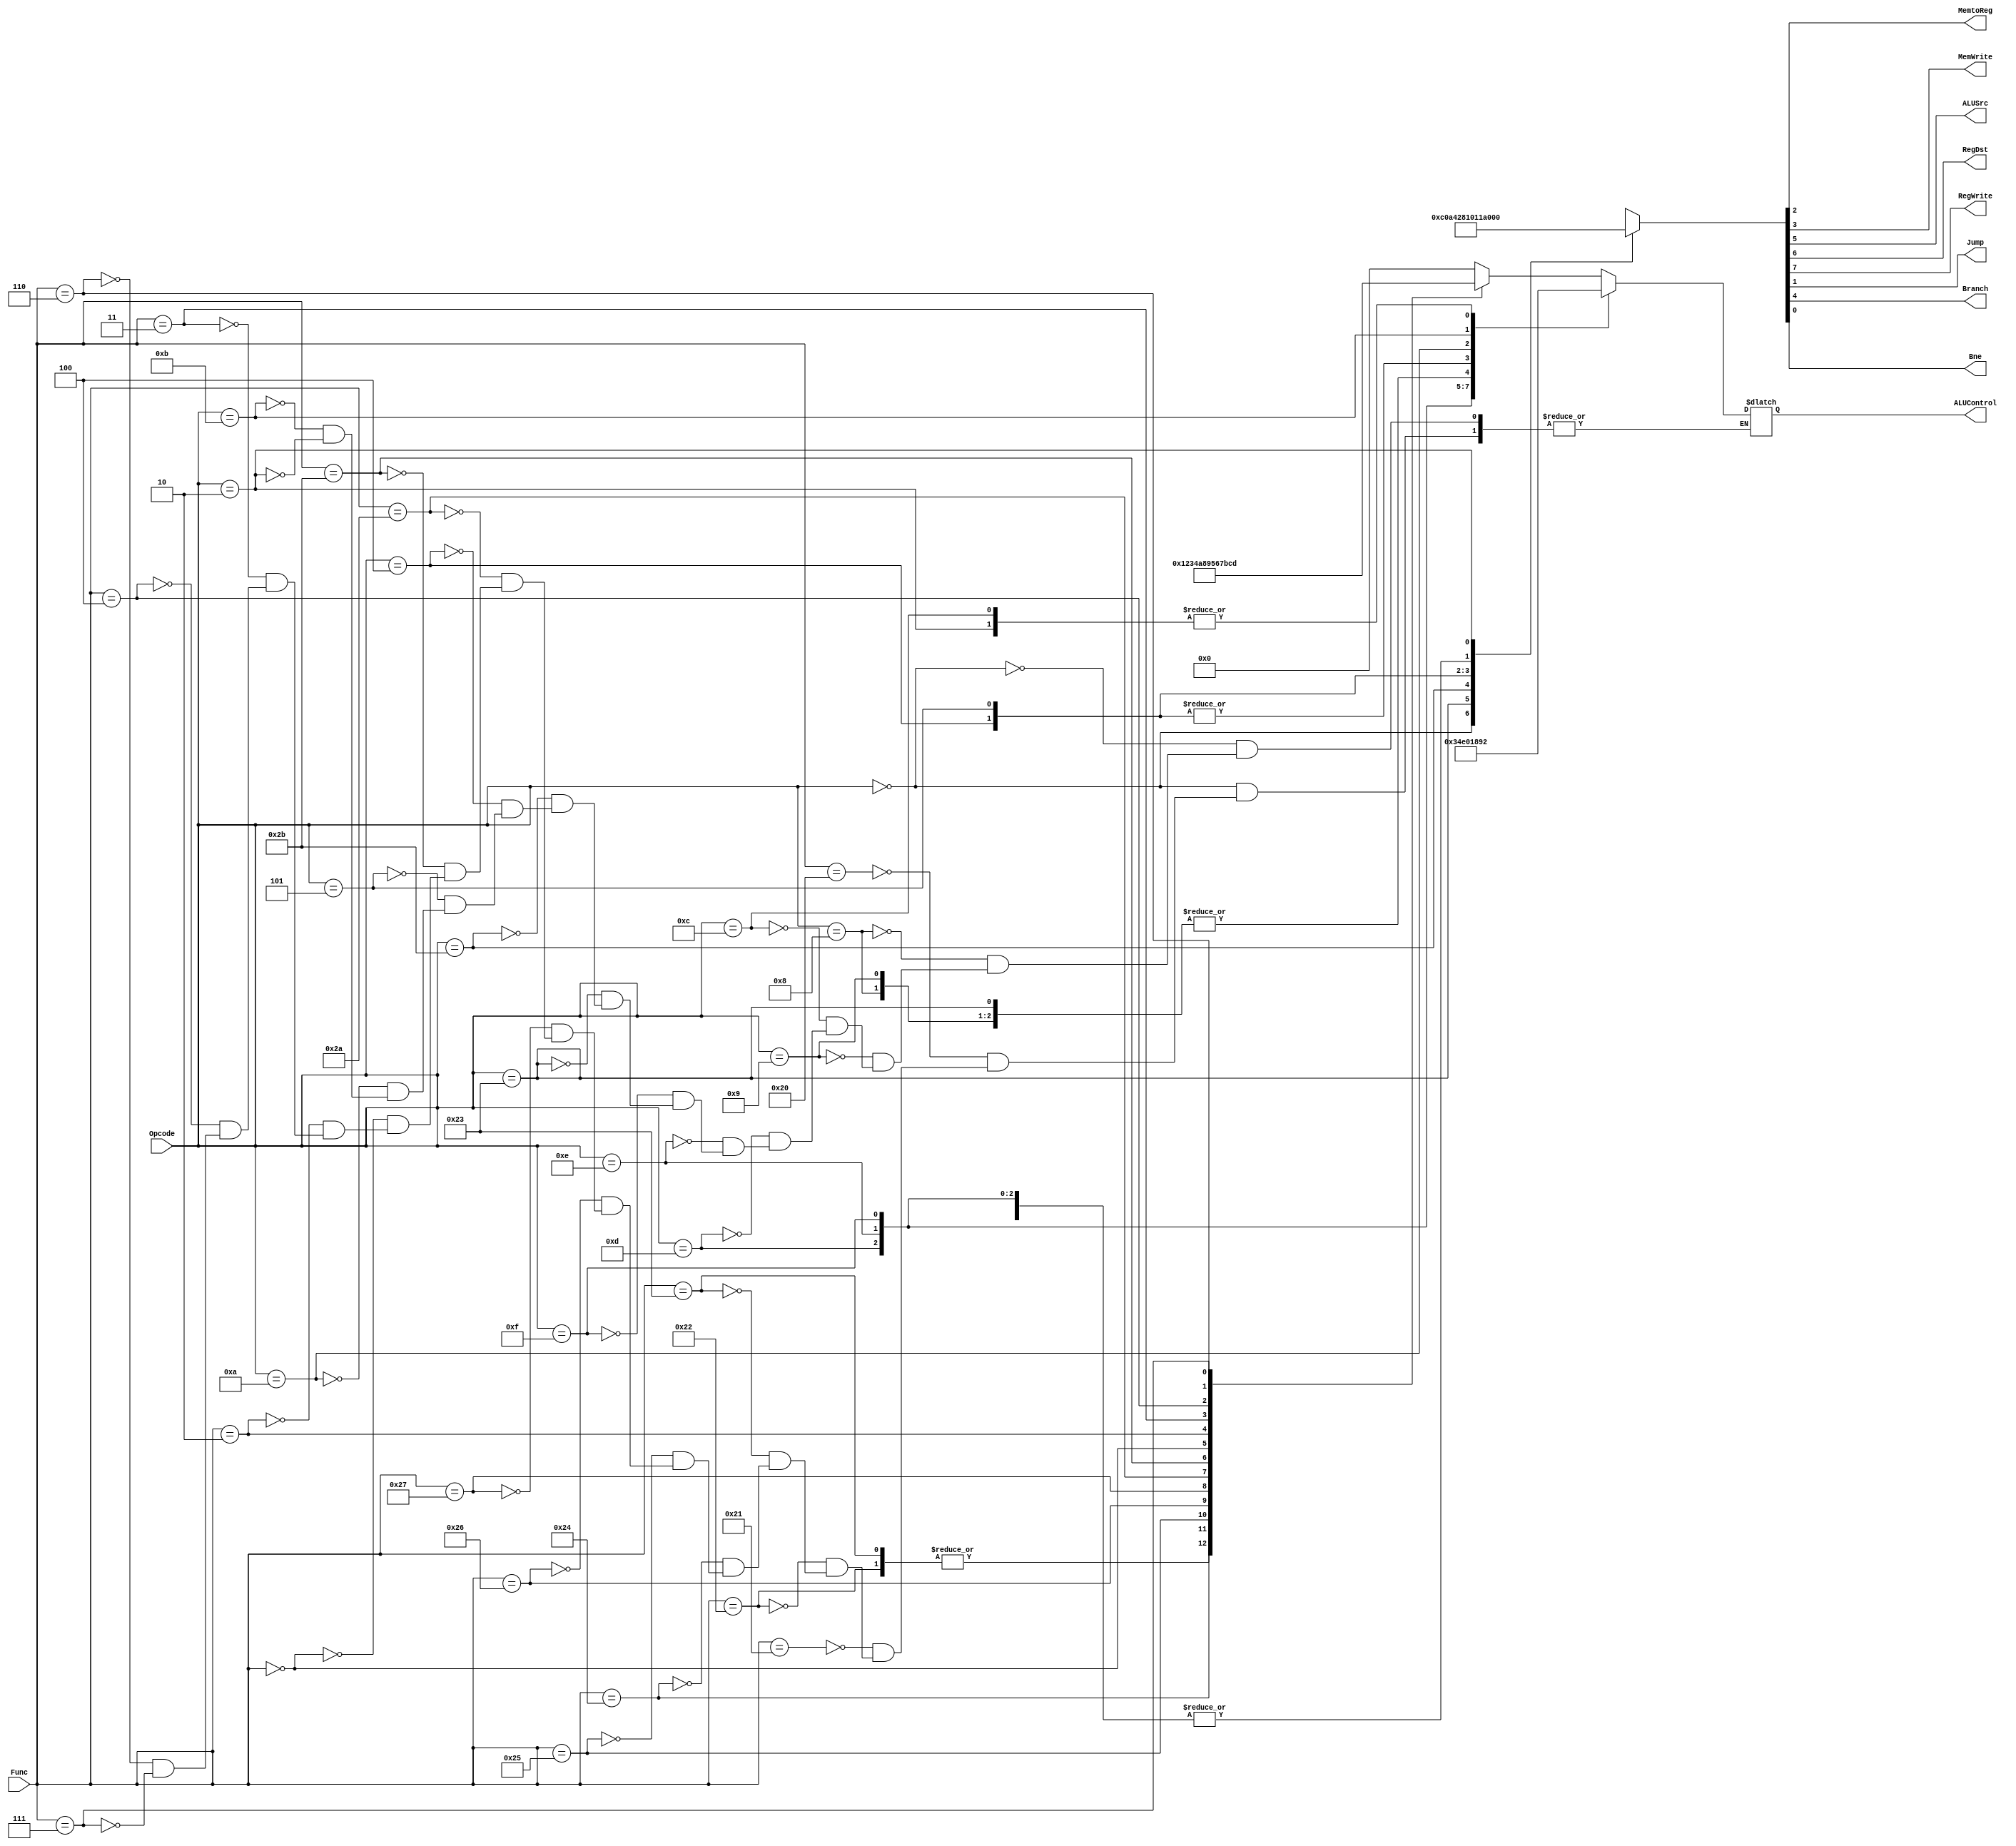
`timescale 1ns/1ns

module Controlunit(input [5:0] Opcode,input [5:0] Func,output reg MemtoReg,output reg MemWrite,output reg ALUSrc,output reg RegDst,output reg RegWrite,output reg Jump,output reg Branch,output reg Bne,output reg [3:0] ALUControl);
               
reg [7:0] cntrlsignals;

always @(*) begin 

    case (Opcode) 
        6'b000000: begin                          // R-type
                    cntrlsignals <= 8'b11000000;        

                    case (Func)
                    6'b100000: ALUControl <= 4'b0000;    // ADD
                    6'b100001: ALUControl <= 4'b0000;    // ADDU
                    6'b100010: ALUControl <= 4'b0001;    // SUB
                    6'b100011: ALUControl <= 4'b0001;    // SUBU
                    6'b100100: ALUControl <= 4'b0010;    // AND
                    6'b100101: ALUControl <= 4'b0011;    // OR
                    6'b100110: ALUControl <= 4'b0100;    // XOR
                    6'b100111: ALUControl <= 4'b1010;    // NOR
                    6'b101010: ALUControl <= 4'b1000;    // SLT
                    6'b101011: ALUControl <= 4'b1001;    // SLTU
                    6'b000000: ALUControl <= 4'b0101;    // SLL
                    6'b000010: ALUControl <= 4'b0110;    // SRL
                    6'b000011: ALUControl <= 4'b0111;    // SRA
                    6'b000100: ALUControl <= 4'b1011;    // SLLV
                    6'b000110: ALUControl <= 4'b1100;    // SRLV
                    6'b000111: ALUControl <= 4'b1101;    // SRAV
                endcase

            end

        6'b001000: begin                          // ADDI
                        cntrlsignals <= 8'b10100000;  
                        ALUControl <= 4'b0000; 
                    end  

        6'b001001: begin                          // ADDIU
                        cntrlsignals <= 8'b10100000;  
                        ALUControl <= 4'b0000; 
                    end  

        6'b001100: begin                          // ANDI
                        cntrlsignals <= 8'b10100000;  
                        ALUControl <= 4'b0010; 
                    end 

        6'b001101: begin                          // ORI
                        cntrlsignals <= 8'b10100000;  
                        ALUControl <= 4'b0011; 
                    end  

        6'b001110: begin                          // XORI
                        cntrlsignals <= 8'b10100000;  
                        ALUControl <= 4'b0100; 
                    end   

        6'b001111:  begin                         // LUI
                        cntrlsignals <= 8'b10100000;  
                        ALUControl <= 4'b1110; 
                    end  

        6'b100011: begin                          // LW
                        cntrlsignals <= 8'b10100100;     
                        ALUControl <= 4'b0000;
                    end

        6'b101011: begin                          // SW
                         cntrlsignals <= 8'b00101000;      
                         ALUControl <= 4'b0000;
                    end  

        6'b000100: begin                          // BEQ
                         cntrlsignals <= 8'b00010000;      
                        ALUControl <= 4'b0001; 
                    end      

        6'b000101: begin                          // BNE
                        cntrlsignals <= 8'b00010001;  
                        ALUControl <= 4'b0001; 
                    end


        6'b001010: begin                          // SLTI
                        cntrlsignals <= 8'b10100000;  
                        ALUControl <= 4'b1000; 
                    end 

        6'b001011: begin                          // SLTIU
                        cntrlsignals <= 8'b10100000;  
                        ALUControl <= 4'b1001; 
                    end  

        6'b000010: begin                          // J
                        cntrlsignals <= 8'b00000010;  
                        ALUControl <= 4'b0010; 
                    end 
                        
        default:   cntrlsignals <= 12'bxxxxxxxxxxxx;      // NOP
    endcase
   
    {RegWrite,RegDst,ALUSrc,Branch,MemWrite,MemtoReg,Jump,Bne} = cntrlsignals;

end 

endmodule